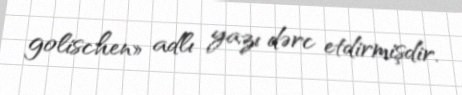
golischen» adlı yazı dərc etdirmişdir.